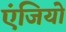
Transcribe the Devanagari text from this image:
एंजियो